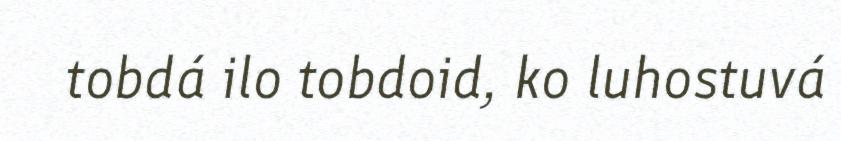
tobdá ilo tobdoid, ko luhostuvá